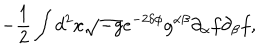
LaTeX: - \frac { 1 } { 2 } \int d ^ { 2 } x \sqrt { - g } e ^ { - 2 \delta \phi } g ^ { \alpha \beta } \partial _ { \alpha } f \partial _ { \beta } f ,